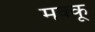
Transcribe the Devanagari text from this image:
मक्‍कू